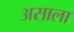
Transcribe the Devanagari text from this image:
असाला